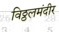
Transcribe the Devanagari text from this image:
विठ्ठलमंदीर